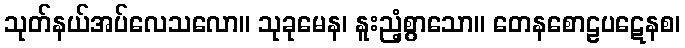
သုတ်နယ်အပ်လေသလော။ သုခုမေန၊ နူးညံ့စွာသော။ တေနစောဠပဋေနစ၊